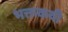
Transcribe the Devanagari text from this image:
भक्तकवी